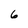
Character: 6